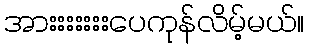
အားးးးးးးပေကုန်လိမ့်မယ်။